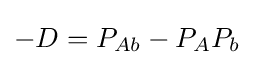
-D=P_{Ab}-P_{A}P_{b}